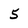
Character: 5